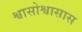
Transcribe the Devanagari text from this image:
श्वासोश्वासास